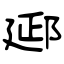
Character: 郔